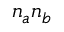
n _ { a } n _ { b }